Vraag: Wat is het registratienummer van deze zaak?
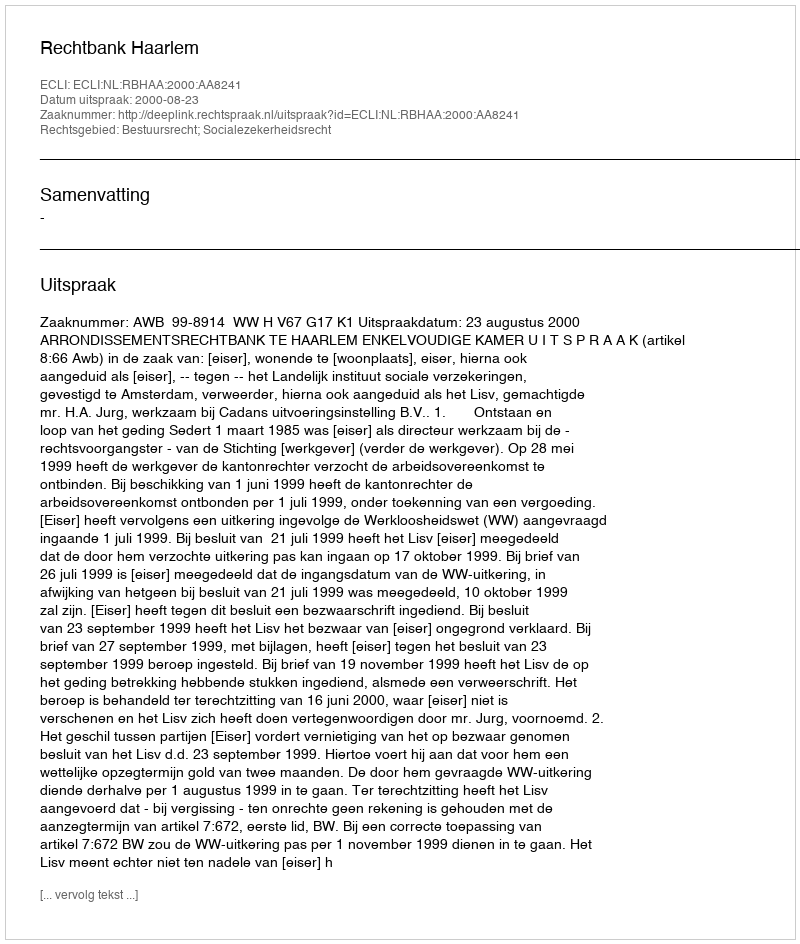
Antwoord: http://deeplink.rechtspraak.nl/uitspraak?id=ECLI:NL:RBHAA:2000:AA8241